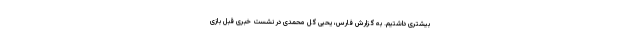
بیشتری داشتیم. به گزارش فارس، یحیی گل محمدی در نشست خبری قبل بازی